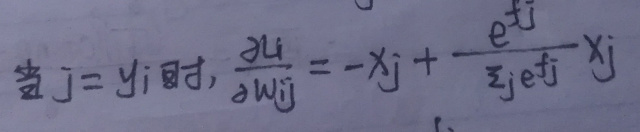
当 \(j = y_i\) 时, \(\frac{\partial L_i}{\partial w_{ij}}=-x_j + \frac{e^{z_j}}{\sum_{k}e^{z_k}}x_j\)